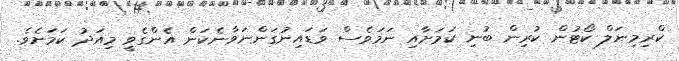
ކްރިމިނަލް ކޯޓުން ކުރިން ބުނި ކަމަށާއި ނަމަވެސް ވަޑައިނުގަންނަވާނެކަން އެންގެވީ މިއަދު ކަމަށެވެ.